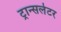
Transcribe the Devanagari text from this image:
ट्रान्सलेटर